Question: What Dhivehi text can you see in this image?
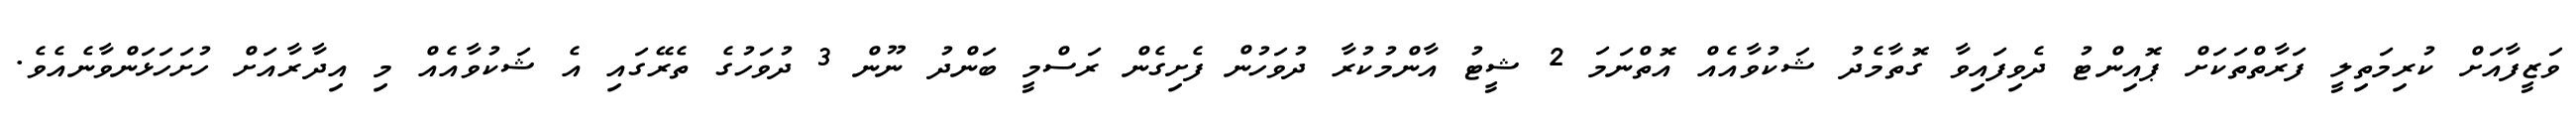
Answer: ވަޒީފާއަށް ކުރިމަތިލީ ފަރާތްތަކަށް ޕޮއިންޓު ދެވިފައިވާ ގޮތާމެދު ޝަކުވާއެއް އޮތްނަމަ 2 ޝީޓު އާންމުކުރާ ދުވަހުން ފެށިގެން ރަސްމީ ބަންދު ނޫން 3 ދުވަހުގެ ތެރޭގައި އެ ޝަކުވާއެއް މި އިދާރާއަށް ހުށަހަޅަންވާނެއެވެ.